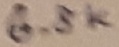
Text: 6.8K